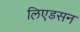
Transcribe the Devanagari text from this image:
लिएडसन